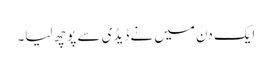
ایک دن میں نے ڈیڈی سے پوچھ لیا۔